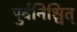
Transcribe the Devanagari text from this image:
पुर्वनिश्चित्